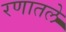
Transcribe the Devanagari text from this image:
रणातले